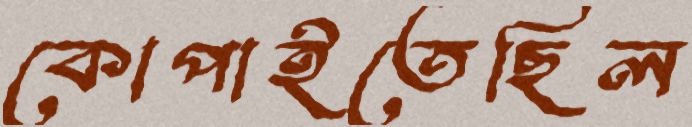
কোপাইতেছিল